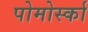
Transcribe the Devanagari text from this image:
पोमोर्स्का